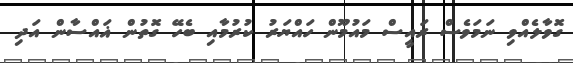
ގޮވާލެއްވި ނަމަވެސް ރައީސް މައުމޫން ހައްޔަރު ކުރުމާއި ބެހޭ ގޮތުން ޣައްސާން އަދި